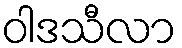
ဝါဒသီလာ